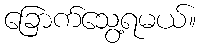
ခြောက်သွေ့ရမယ်။